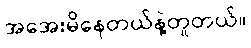
အအေးမိနေတယ်နဲ့တူတယ်။